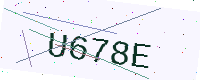
Text: U678E